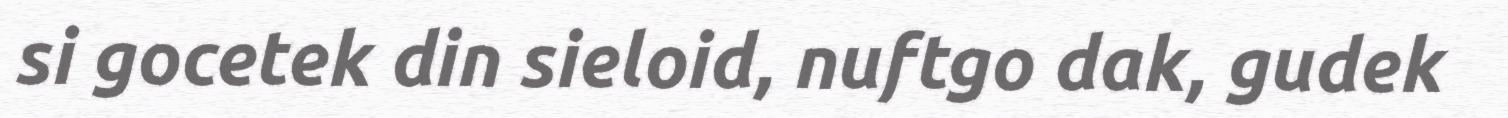
si gocetek din sieloid, nuftgo dak, gudek